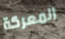
المعركة